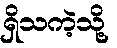
ရှိသကဲ့သို့